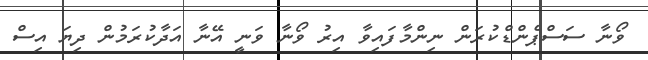
ވޯނާ ސަސްޕެންޑްކުރަން ނިންމާފައިވާ އިރު ވޯނާ ވަނީ އޭނާ އަދާކުރަމުން ދިޔަ އިސް